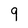
Character: 9